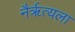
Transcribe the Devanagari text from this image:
नैर्ॠत्यला